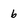
Character: 6